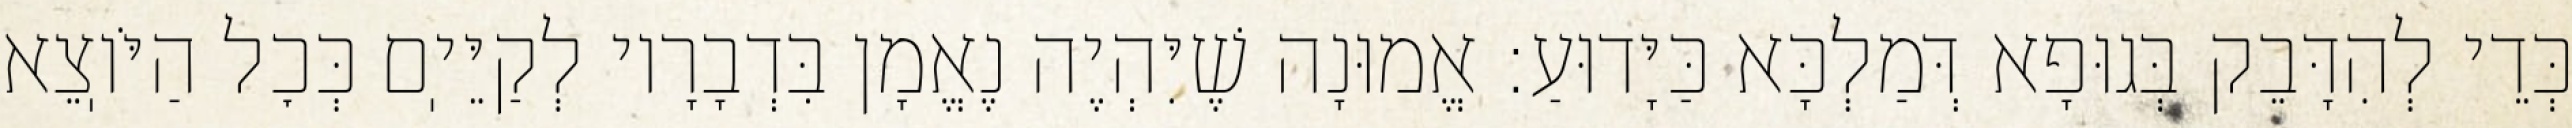
כְּדֵי לְהִדָּבֵק בְּגוּפָא דְּמַלְכָּא כַּיָּדוּעַ: אֱמוּנָה שֶׁיִּהְיֶה נֶאֱמָן בִּדְבָרָיו לְקַיֵּיֽם כְּכׇל הַיֹּוֽצֵא